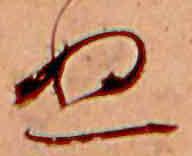
ぬ